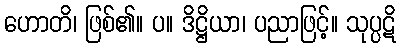
ဟောတိ၊ ဖြစ်၏။ ပ။ ဒိဋ္ဌိယာ၊ ပညာဖြင့်။ သုပ္ပဋိ